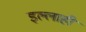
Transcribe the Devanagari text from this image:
इल्लाही